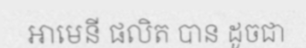
អាមេនី ផលិត បាន ដូចជា